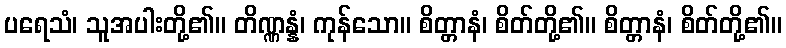
ပရေသံ၊ သူအပါးတို့၏။ တိဏ္ဏန္နံ၊ ကုန်သော။ စိတ္တာနံ၊ စိတ်တို့၏။ စိတ္တာနံ၊ စိတ်တို့၏။